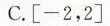
C.[-2，2]